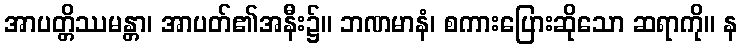
အာပတ္တိဿမန္တာ၊ အာပတ်၏အနီး၌။ ဘဏမာနံ၊ စကားပြေားဆိုသော ဆရာကို။ န